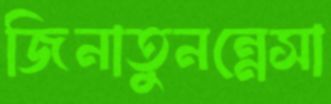
জিনাতুনন্নেসা